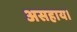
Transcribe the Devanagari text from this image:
असहाय।